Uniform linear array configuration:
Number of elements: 8
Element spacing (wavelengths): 0.75
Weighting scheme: uniform
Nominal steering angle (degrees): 0
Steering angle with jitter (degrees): -1.809
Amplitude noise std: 0.05
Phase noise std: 0.05

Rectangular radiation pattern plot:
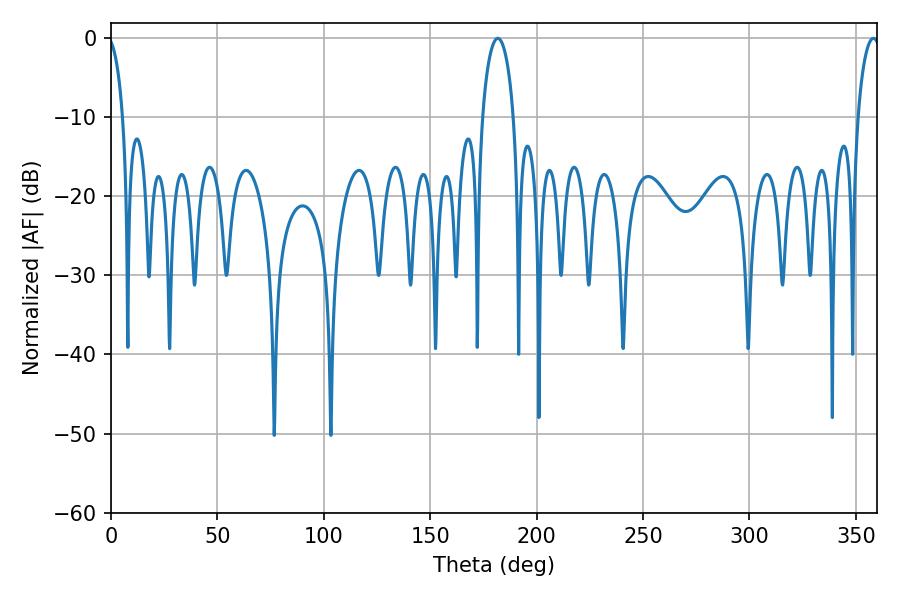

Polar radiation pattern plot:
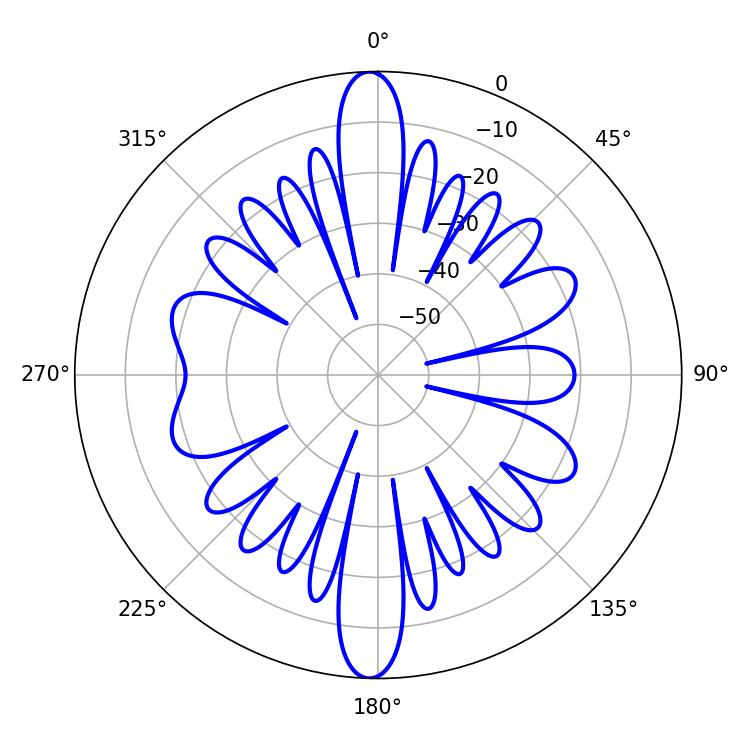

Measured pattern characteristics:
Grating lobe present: TRUE
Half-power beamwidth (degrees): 8.46
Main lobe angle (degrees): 181.8